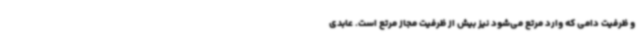
و ظرفیت دامی که وارد مرتع می‌شود نیز بیش از ظرفیت مجاز مرتع است. عابدی